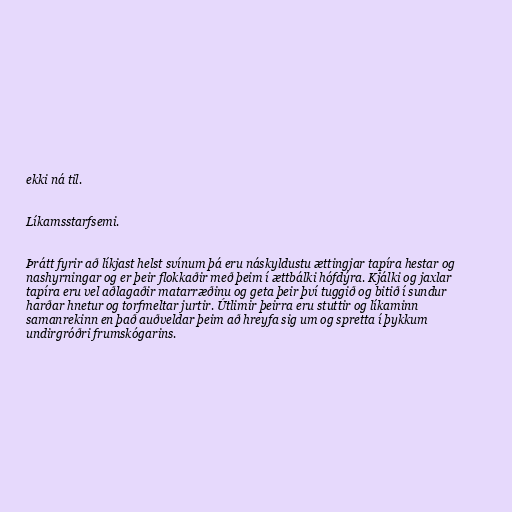
ekki ná til.

Líkamsstarfsemi.

Þrátt fyrir að líkjast helst svínum þá eru náskyldustu ættingjar tapíra hestar og
nashyrningar og er þeir flokkaðir með þeim í ættbálki hófdýra. Kjálki og jaxlar
tapíra eru vel aðlagaðir matarræðinu og geta þeir því tuggið og bitið í sundur
harðar hnetur og torfmeltar jurtir. Útlimir þeirra eru stuttir og líkaminn
samanrekinn en það auðveldar þeim að hreyfa sig um og spretta í þykkum
undirgróðri frumskógarins.